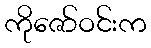
ကိုဇော်ဝင်းက